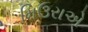
મિઉરાએ